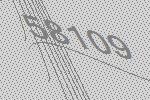
58109